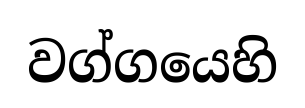
වග්ගයෙහි